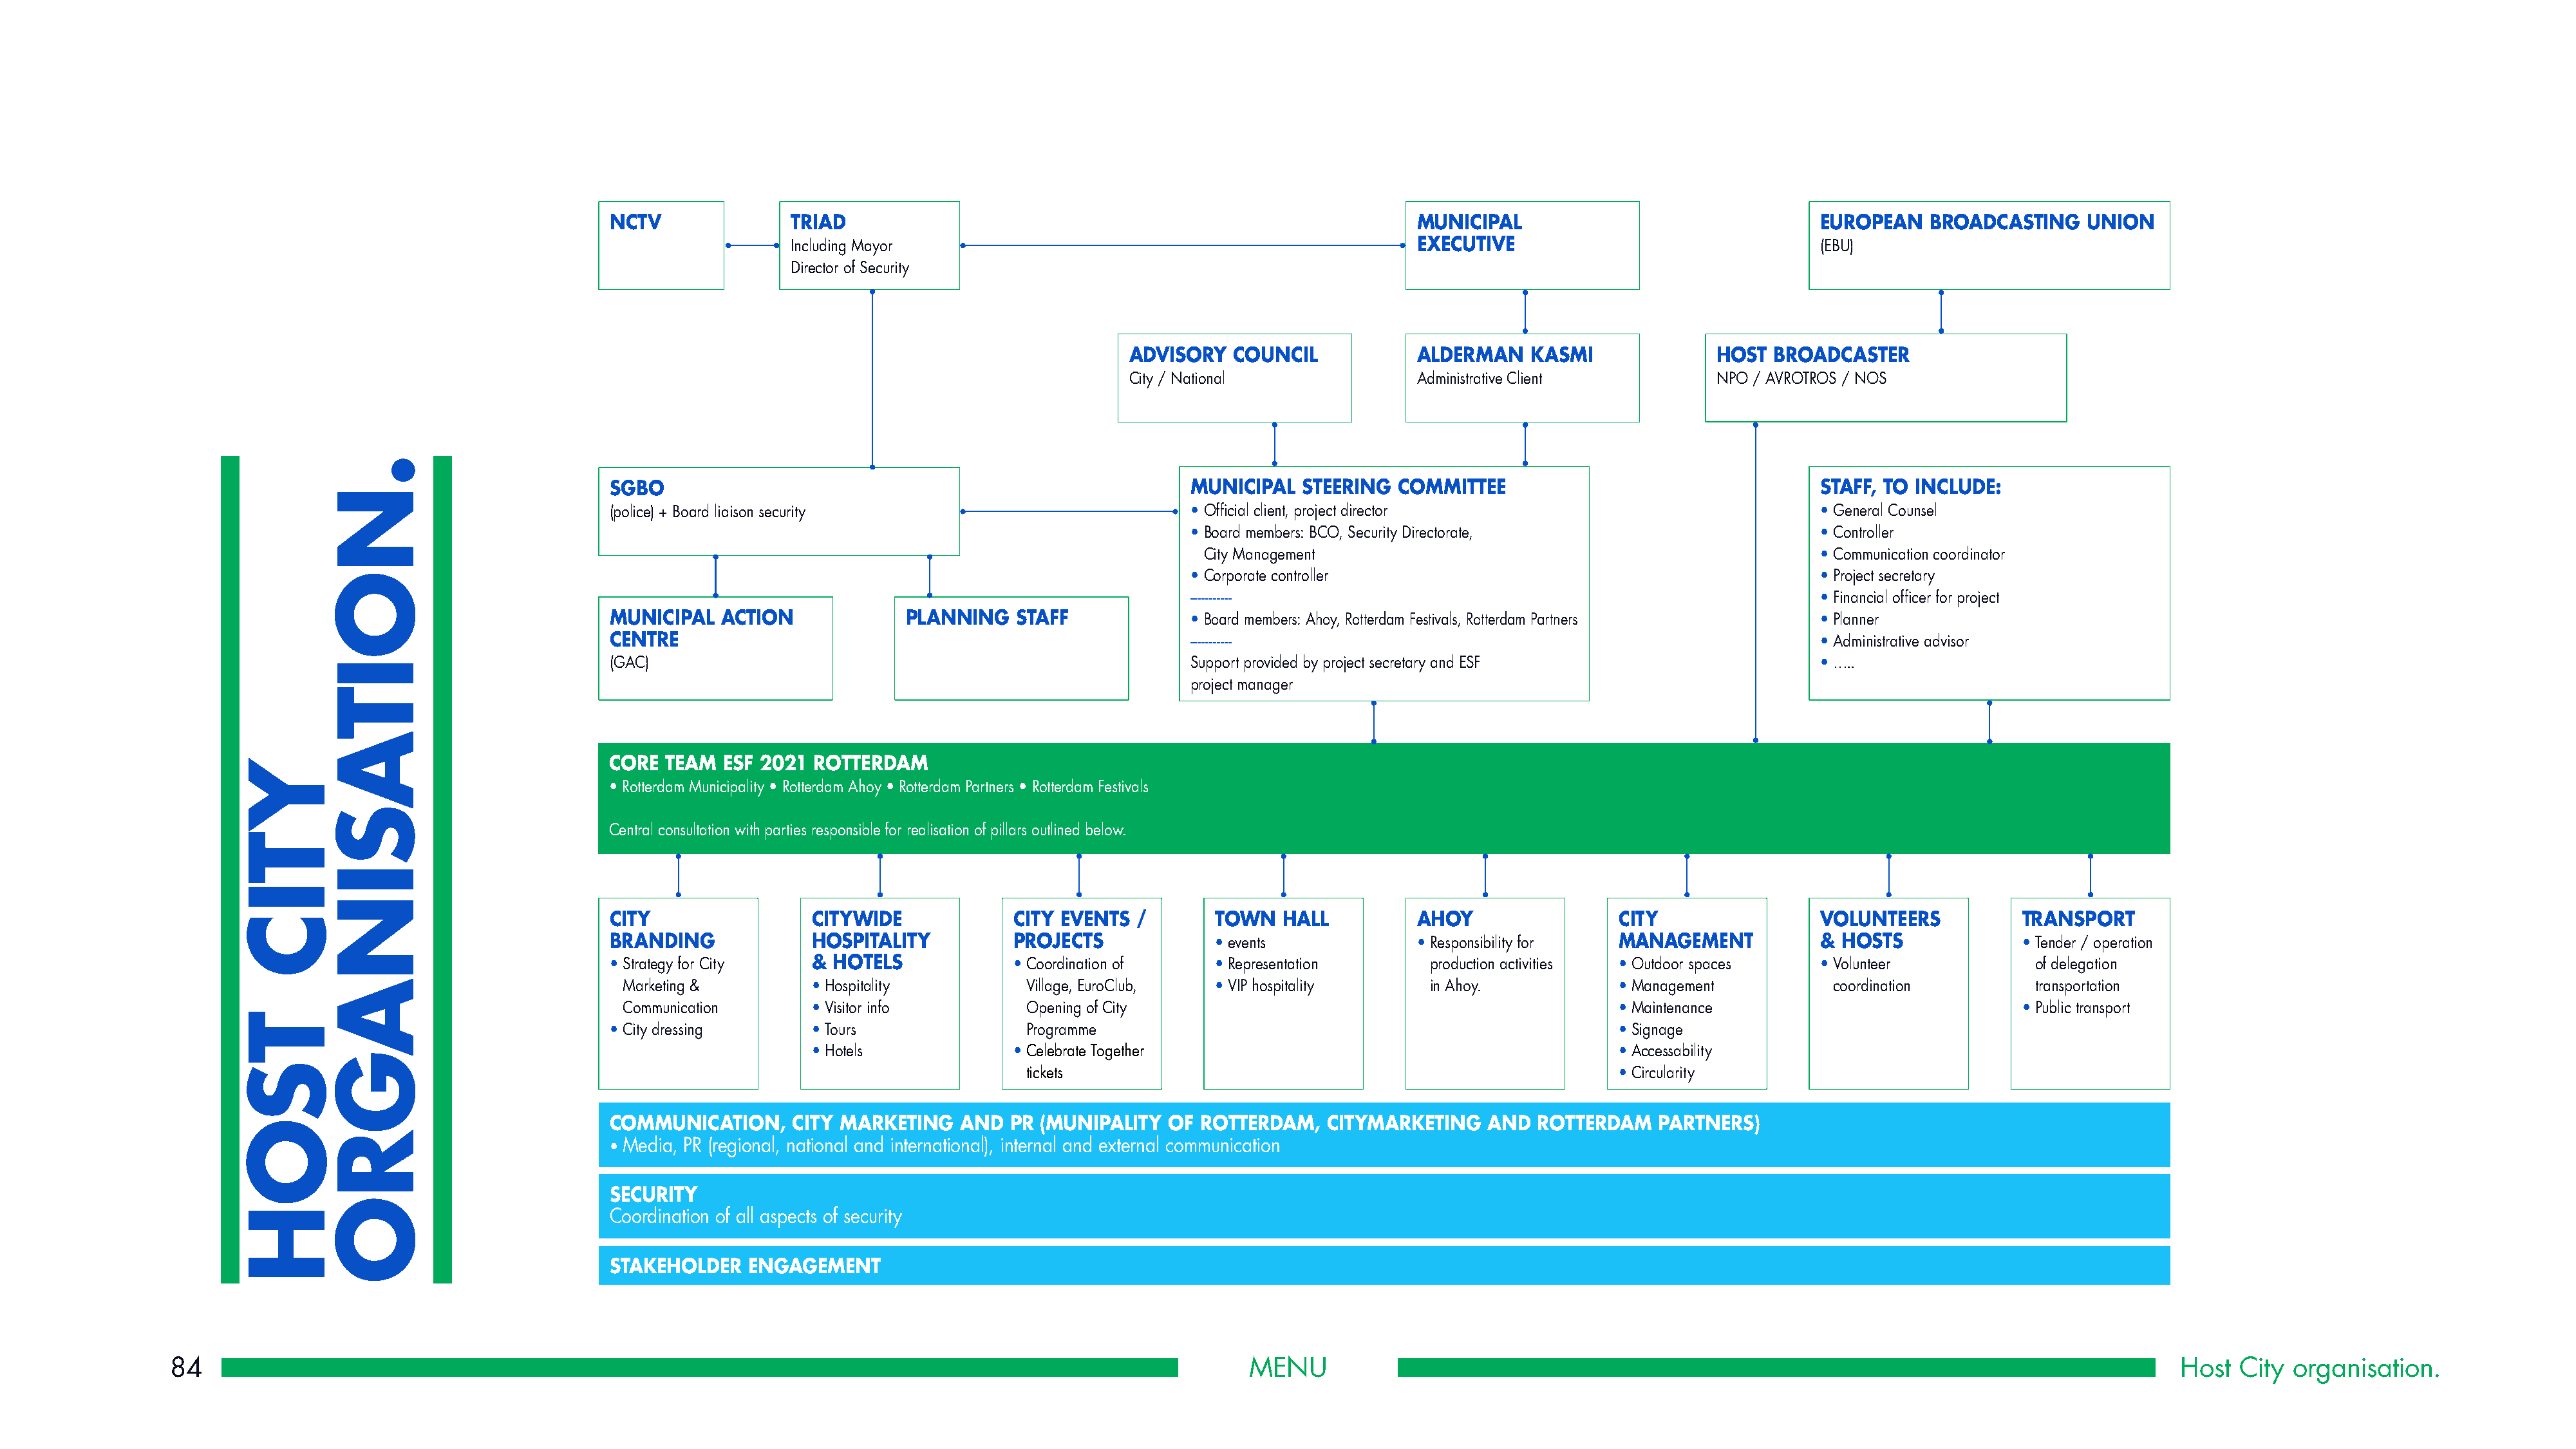
NCTV              TRIAD                                                            MUNICIPAL                                EUROPEAN   BROADCASTING     UNION
 Including Mayor                                                  EXECUTIVE                                (EBU)
 Director of Security
 ADVISORY   COUNCIL            ALDERMAN   KASMI              HOST  BROADCASTER
 City / National               Administrative Client         NPO / AVROTROS / NOS
 SGBO                                                       MUNICIPAL   STEERING  COMMITTEE                                  STAFF, TO INCLUDE:
 (police) + Board liaison security                          • Official client, project director                              • General Counsel
 • Board members: BCO, Security Directorate,                      • Controller
 City Management                                                • Communication coordinator
 • Corporate controller                                           • Project secretary
 -----------                                                      • Financial officer for project
 MUNICIPAL  ACTION             PLANNING   STAFF             • Board members: Ahoy, Rotterdam Festivals, Rotterdam Partners   • Planner
 CENTRE                                                     -----------                                                      • Administrative advisor
 (GAC)                                                      Support provided by project secretary and ESF                    • …..
 project manager
 CORE TEAM  ESF 2021  ROTTERDAM
 • Rotterdam Municipality • Rotterdam Ahoy • Rotterdam Partners • Rotterdam Festivals
 Central consultation with parties responsible for realisation of pillars outlined below.
 CITY                CITYWIDE             CITY EVENTS  /       TOWN   HALL          AHOY                CITY                 VOLUNTEERS           TRANSPORT
 BRANDING            HOSPITALITY          PROJECTS             • events             • Responsibility for MANAGEMENT          & HOSTS              • Tender / operation
 • Strategy for City &  HOTELS            • Coordination of    • Representation      production activities • Outdoor spaces  • Volunteer           of delegation
 Marketing &        • Hospitality          Village, EuroClub, • VIP hospitality     in Ahoy.           • Management          coordination         transportation
 Communication      • Visitor info         Opening of City                                             • Maintenance                             • Public transport
 • City dressing     • Tours                Programme                                                   • Signage
 • Hotels             • Celebrate Together                                          • Accessability
 tickets                                                     • Circularity
 COMMUNICATION,     CITY MARKETING   AND  PR (MUNIPALITY  OF ROTTERDAM,   CITYMARKETING    AND  ROTTERDAM   PARTNERS)
 • M edia, PR (regional, national and international), internal and external communication
 SECURITY
 Coordination of all aspects of security
 STAKEHOLDER   ENGAGEMENT
 84                                                                                                             MENU                                                                                            Host  City  organisation.
 YTIC
 TSOH
 .NOITASINAGRO